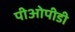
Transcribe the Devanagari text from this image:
पीओपीडी